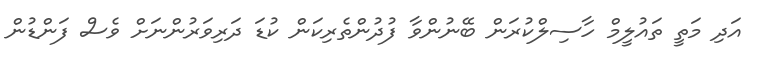
އަދި މަތީ ތައުލީމް ހާސިލްކުރަން ބޭނުންވާ ފުދުންތެރިކަން ކުޑަ ދަރިވަރުންނަށް ވެސް ފަންޑުން